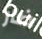
ضار